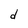
Character: d